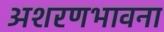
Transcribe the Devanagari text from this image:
अशरणभावना